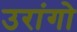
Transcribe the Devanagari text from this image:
उरांगो